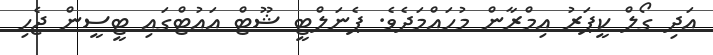
އަދި ގޯލް ކީޕަރު އިމްރާން މުހައްމަދެވެ. ޕެނަލްޓީ ޝޫޓް އައުޓްގައި ޓީސީން ޖެހި